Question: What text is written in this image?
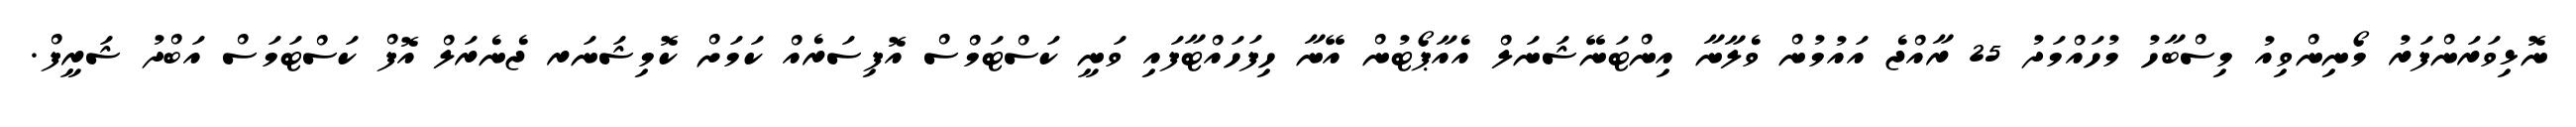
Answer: ނޮޅިވަރަންފަރު މޯނިންވިއު މިސްބާހު މުހައްމަދު 25 ރާއްޖެ އައުމުން ވެލާނާ އިންޓަނޭޝަނަލް އެއާޕޯޓުން އޭނާ ހިފަހައްޓާފައި ވަނީ ކަސްޓަމްސް އޮފިސަރެއް ކަމަށް ކޮމިޝަނަރ ޖެނެރަލް އޮފް ކަސްޓަމަސް އަބްދު ޝަރީފް.